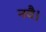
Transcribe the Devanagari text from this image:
नवै।